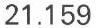
21.159